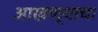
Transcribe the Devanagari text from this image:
आखण्याचा